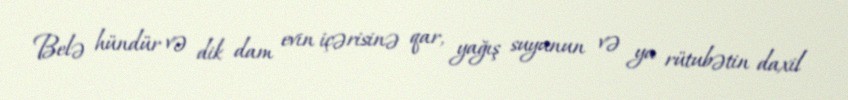
Belə hündür və dik dam evin içərisinə qar, yağış suyunun və ya rütubətin daxil